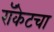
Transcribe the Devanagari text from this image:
रॉकेटचा